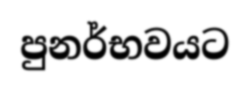
පුනර්භවයට